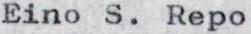
Eino S. Repo